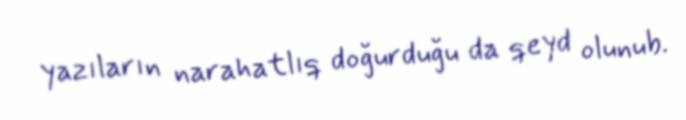
yazıların narahatlıq doğurduğu da qeyd olunub.